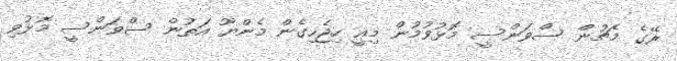
ރޭގެ މެޗުން ސްވަންސީ މޮޅުވުމުން މިއީ ހިޖެހިގެން މެންޔޫ އަތުން ސްވަންސީ މޮޅުވި